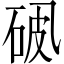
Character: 𪜘